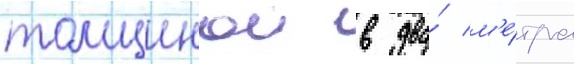
толщинои в два́ м'е́тра